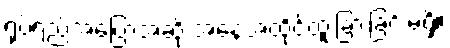
ရုပ်ရည်အပြောအဆို အနေအထိုင်ထူးခြားခြင်းမရှိ။